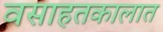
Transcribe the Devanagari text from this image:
वसाहतकालात